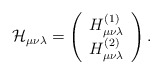
\begin{align*}{\cal H}_{\mu\nu\lambda} = \left(\begin{array}{c}H_{\mu\nu\lambda}^{(1)} \\ H_{\mu\nu\lambda}^{(2)}\end{array}\right).\end{align*}